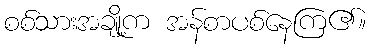
စစ်သားအချို့က အန်စာပစ်နေကြ၏။